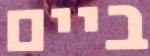
ביים